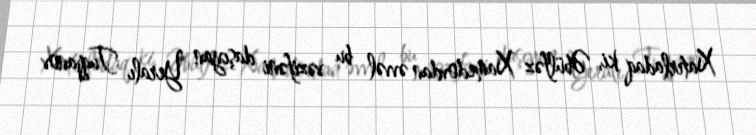
Xatırladaq ki, Əbülfəz Xamedovdan əvvəl bu vəzifəni daşıyan Yeralı Tuqjanov